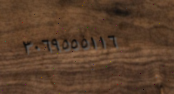
٣٠٦٩٥٥٥١١٦